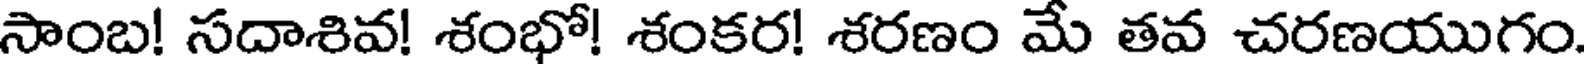
సాంబ! సదాశివ! శంభో! శంకర! శరణం మే తవ చరణయుగం